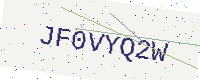
Text: JF0VYQ2W